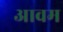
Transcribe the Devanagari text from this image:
आवम